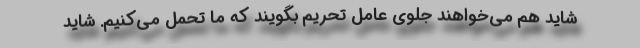
شاید هم می‌خواهند جلوی عامل تحریم بگویند که ما تحمل می‌کنیم. شاید